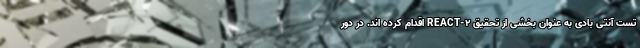
تست آنتی بادی به عنوان بخشی از تحقیق REACT-۲ اقدام کرده اند. در دور